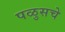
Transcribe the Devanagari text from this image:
पळुसचे